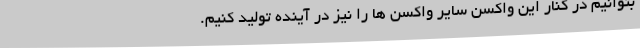
بتوانیم در کنار این واکسن سایر واکسن ها را نیز در آینده تولید کنیم.